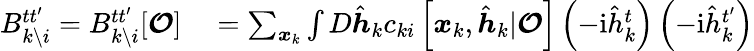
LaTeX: \begin{array}{rl}{B_{k\setminus i}^{tt^{\prime}}=B_{k\setminus i}^{tt^{\prime}}[\boldsymbol{\mathcal{O}}]}&{{}=\sum_{\boldsymbol{x}_{k}}\int D\hat{\boldsymbol{h}}_{k}c_{ki}\left[\boldsymbol{x}_{k},\hat{\boldsymbol{h}}_{k}|\boldsymbol{\mathcal{O}}\right]\left(-\mathrm{i}\hat{h}_{k}^{t}\right)\left(-\mathrm{i}\hat{h}_{k}^{t^{\prime}}\right)}\end{array}